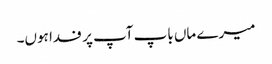
میرے ماں باپ آپ پر فدا ہوں۔